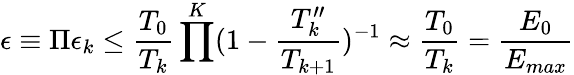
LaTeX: \epsilon\equiv\Pi\epsilon_{k}\leq\frac{T_{0}}{T_{k}}\prod^{K}(1-\frac{T_{k}^{\prime\prime}}{T_{k+1}})^{-1}\approx\frac{T_{0}}{T_{k}}=\frac{E_{0}}{E_{max}}